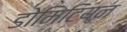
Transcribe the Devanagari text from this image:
डोमिटियन